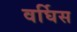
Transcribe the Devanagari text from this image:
वर्घिस